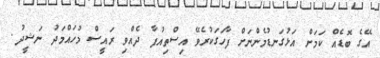
އޭގެ ބޮޑެއް ކަމަށް އަޅުގަނޑުމެންނަށް ފާހަގަކުރެވޭ އިސްތިއުފާ ދެއްވި ރައީސް މުހައްމަދު ނަޝީދު.